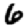
Digit: 6